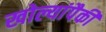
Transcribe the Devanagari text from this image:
खोल्यांपैकी